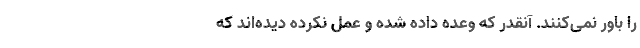
را باور نمی‌‌کنند. آنقدر که وعده داده شده و عمل نکرده دیده‌اند که